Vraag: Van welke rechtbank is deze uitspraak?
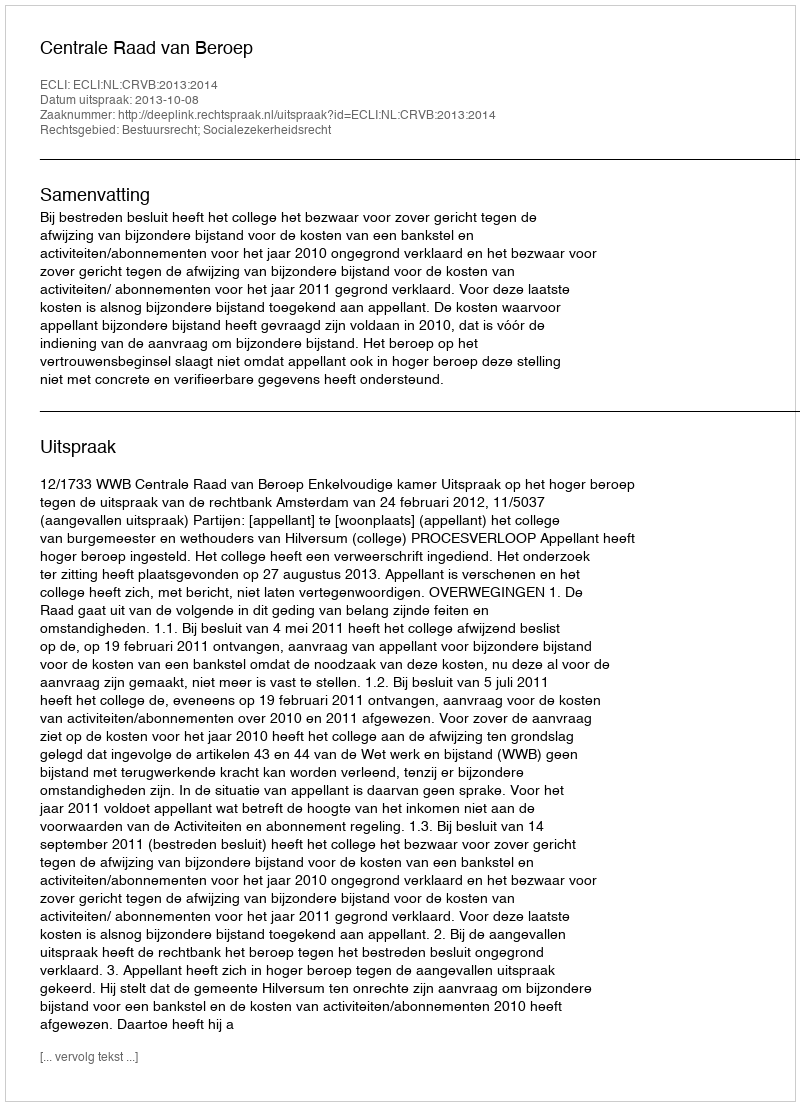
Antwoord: Centrale Raad van Beroep